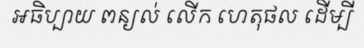
អធិប្បាយ ពន្យល់ លើក ហេតុផល ដើម្បី